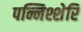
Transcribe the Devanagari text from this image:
पन्निश्शेरि